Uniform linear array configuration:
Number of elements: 48
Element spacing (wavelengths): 0.25
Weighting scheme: hamming
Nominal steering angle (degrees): -60
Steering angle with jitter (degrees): -60.212
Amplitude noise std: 0.05
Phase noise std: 0.05

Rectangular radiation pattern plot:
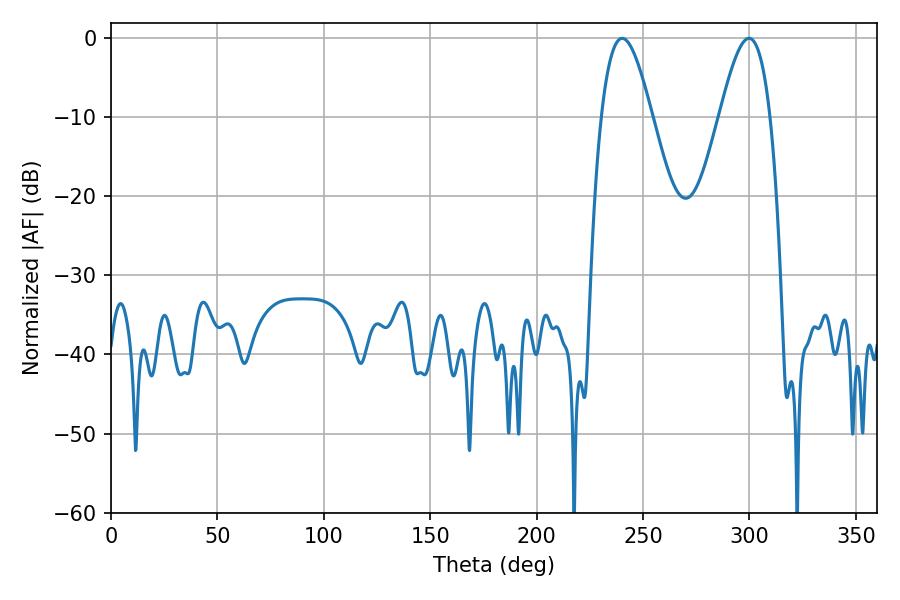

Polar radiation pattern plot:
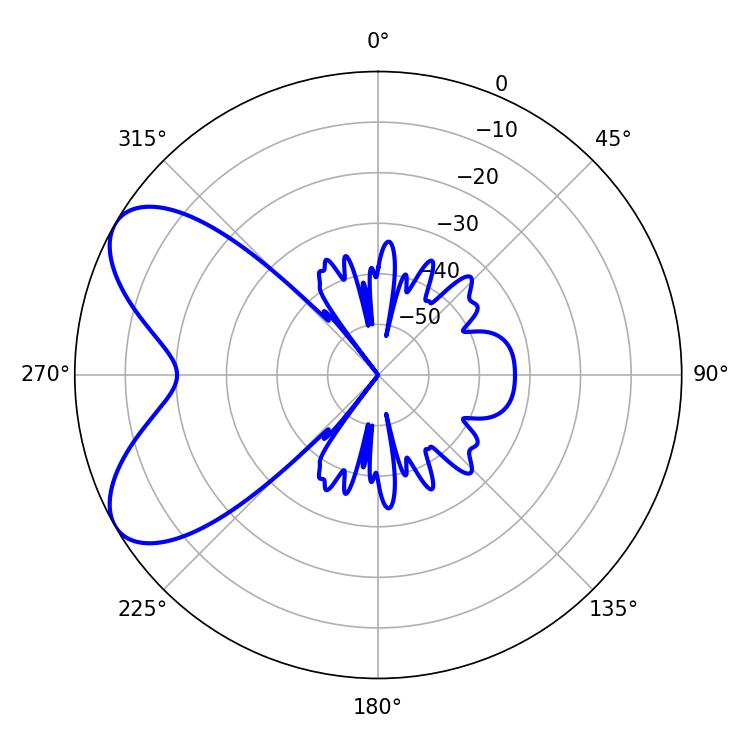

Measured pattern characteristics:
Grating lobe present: FALSE
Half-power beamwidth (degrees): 12.96
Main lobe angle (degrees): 240.12